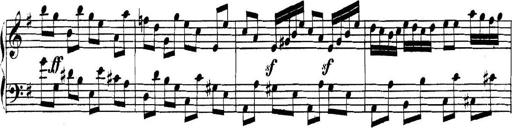
Title: Collected Piano Sonatas
Composer: Muzio Clementi